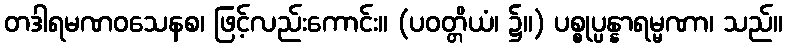
တဒါရမဏဝသေနစ၊ ဖြင့်လည်းကောင်း။ (ပဝတ္တိယံ၊ ၌။) ပစ္စုပ္ပန္နာရမ္မဏာ၊ သည်။